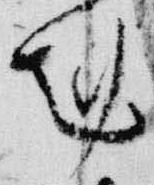
剋